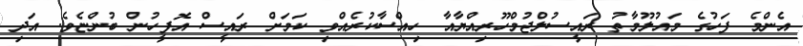
އެންމެ ފަހުގެ މައުލޫމާތު ރައީސުލްޖުމްހޫރިއްޔާއާ ހިއްސާކުރެއްވި ކަމަށް ރައީސް އޮފީހުން ބުންޏެވެ. އަދި